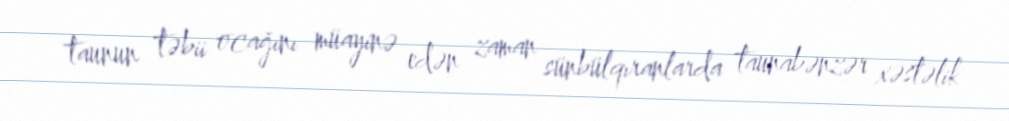
taunun təbii ocağını müayinə edən zaman sünbülqıranlarda taunabənzər xəstəlik